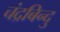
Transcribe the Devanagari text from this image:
चंद्रबिन्दु